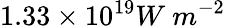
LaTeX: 1.33\times 10^{19}W\ m^{-2}